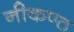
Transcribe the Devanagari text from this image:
नीकण्ठ